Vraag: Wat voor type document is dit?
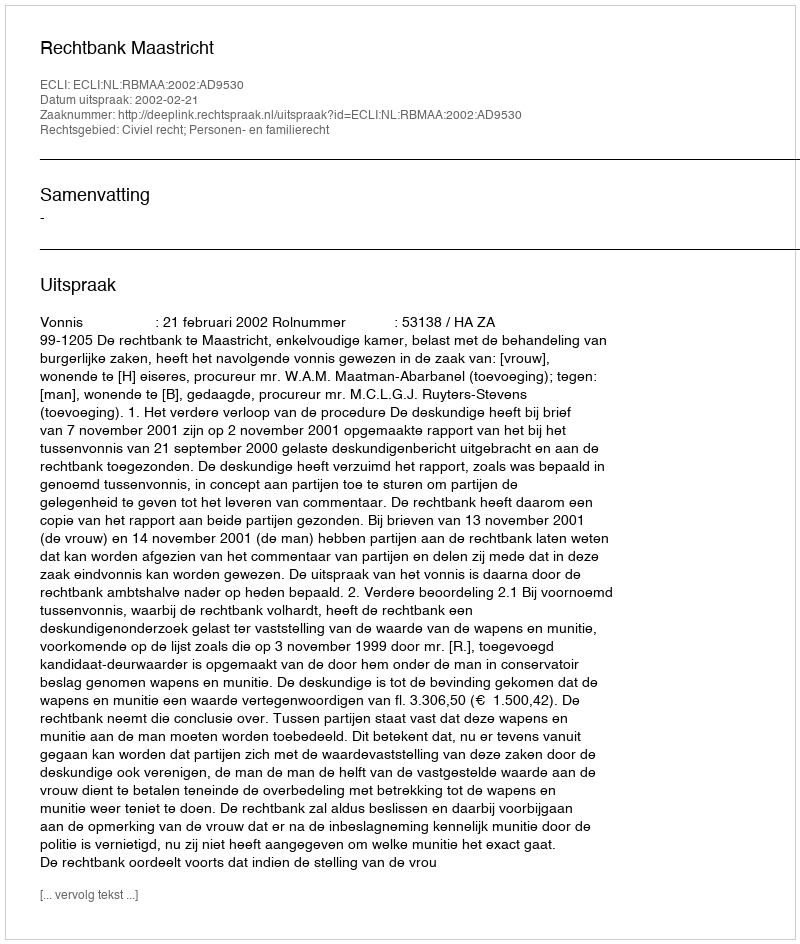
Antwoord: Uitspraak